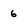
Character: 6